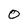
Character: O